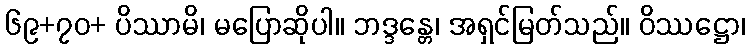
၆၉+၇၀+ ပိဿာမိ၊ မပြောဆိုပါ။ ဘဒ္ဒန္တေ၊ အရှင်မြတ်သည်။ ဝိဿဋ္ဌော၊